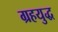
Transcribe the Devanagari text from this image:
ग्रहयुद्ध